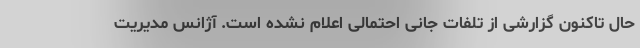
حال تاکنون گزارشی از تلفات جانی احتمالی اعلام نشده است. آژانس مدیریت